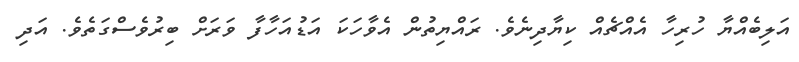
އަލިބެއްޔާ ހުރިހާ އެއްޗެއް ކިޔާދިނެވެ. ރައްޔިތުން އެވާހަކަ އަޑުއަހާފާ ވަރަށް ބިރުވެސްގަތެވެ. އަދި